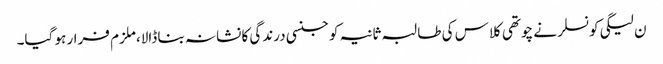
ن لیگی کونسلر نے چوتھی کلاس کی طالبہ ثانیہ کو جنسی درندگی کا نشانہ بنا ڈالا،ملزم فرار ہو گیا۔